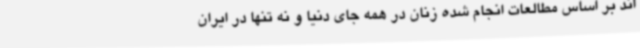
اند بر اساس مطالعات انجام شده زنان در همه جای دنیا و نه تنها در ایران